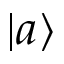
\left| a \right\rangle